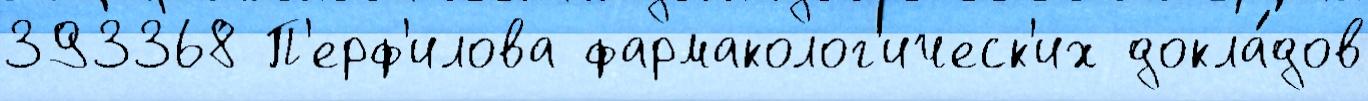
393368 П'ерф'илова фармаколог'ическ'их докла́дов